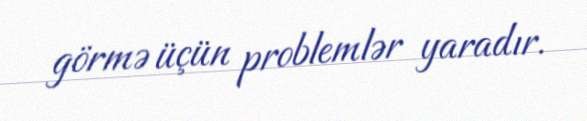
görmə üçün problemlər yaradır.